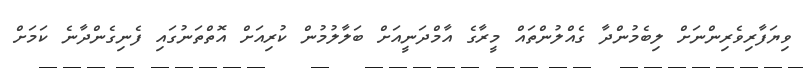
ވިޔަފާރިވެރިންނަށް ލިބެމުންދާ ގެއްލުންތައް މީރާގެ އާމްދަނީއަށް ބަލާލުމުން ކުރިއަށް އޮތްތަނުގައި ފެނިގެންދާނެ ކަމަށް